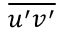
\overline { { u ^ { \prime } v ^ { \prime } } }